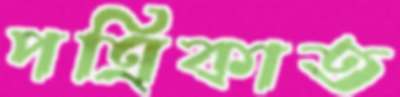
পত্রিকাত